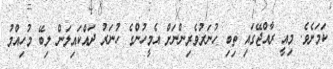
ކަމަށެވެ. މިއީ ރާއްޖޭގައި ތިބި ހުނަރުވެރިންނަށް އެމީހުންގެ ހުނަރު ދައްކައިލަން ލިބޭ މުހިއްމު